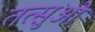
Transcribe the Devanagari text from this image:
तत्सुओ